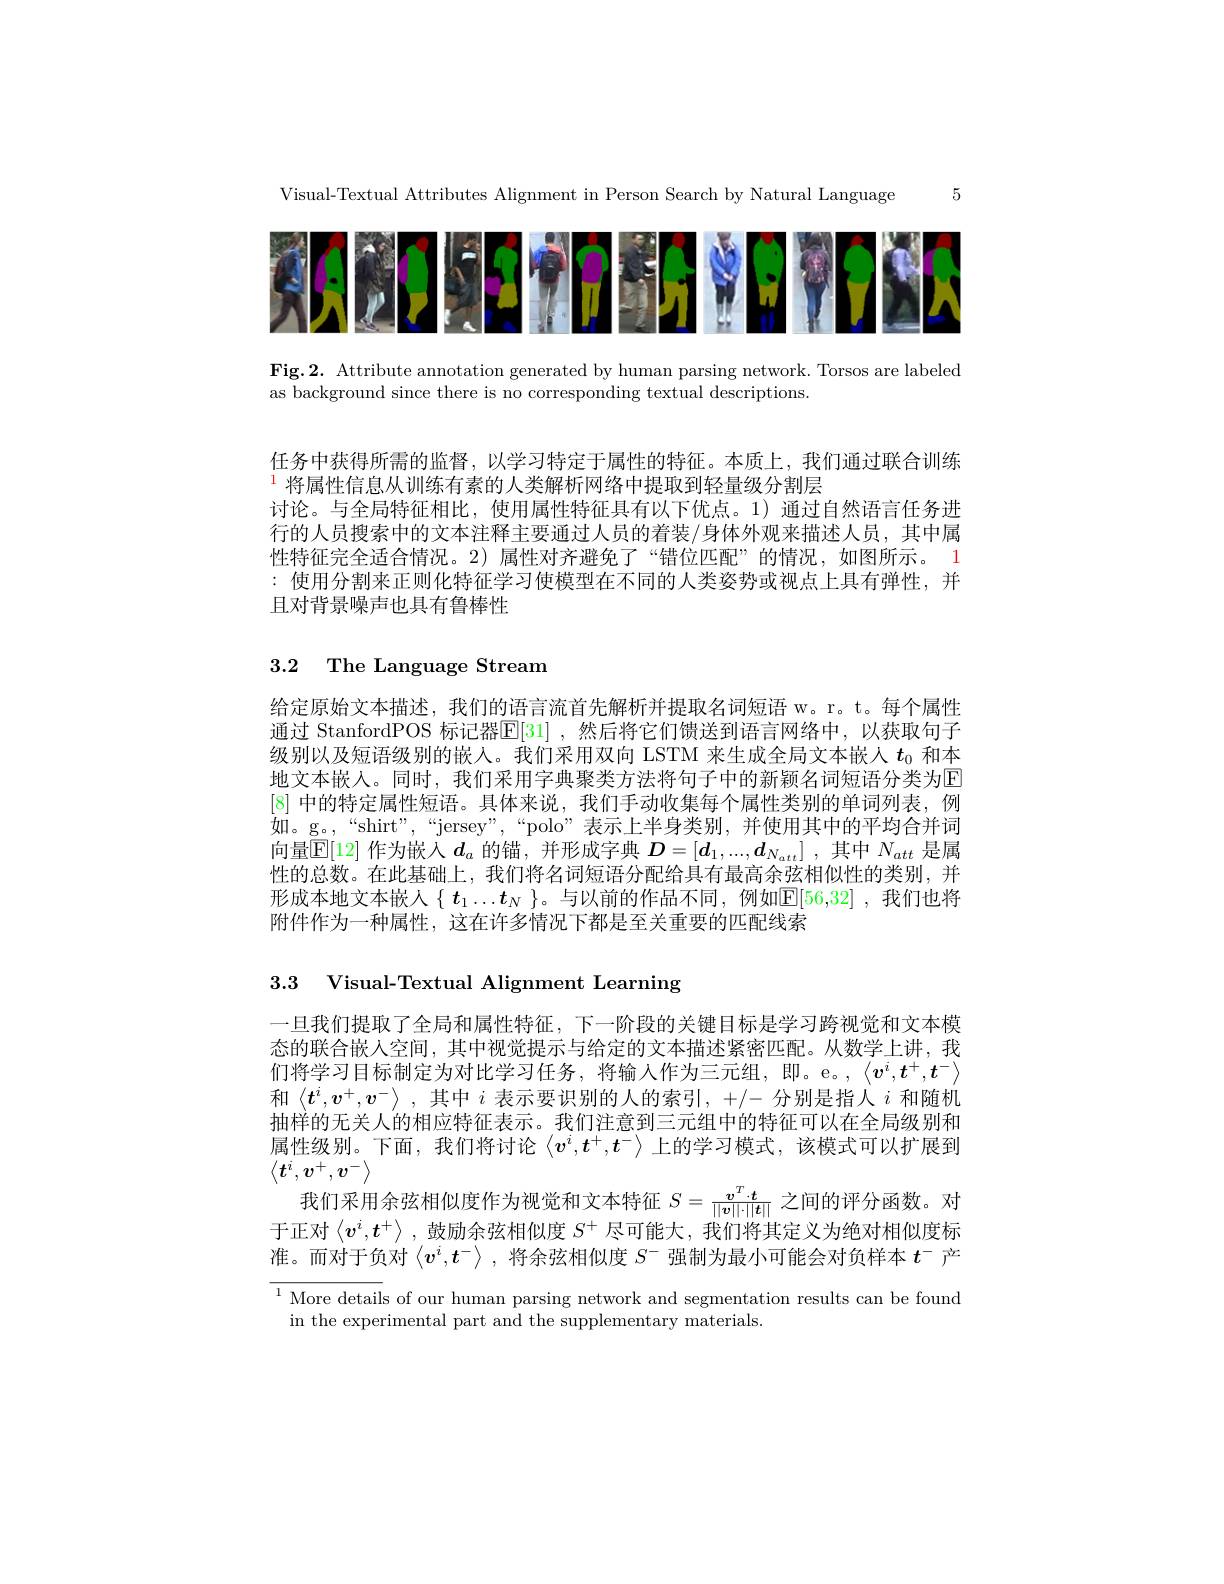
5

Visual-Textual Attributes Alignment in Person Search by Natural Language

<FigureHere>

Fig.2. Attribute annotation generated by human parsing network. Torsos are labeled
as background since there is no corresponding textual descriptions.

任务中获得所需的监督，以学习特定于属性的特征。本质上，我们通过联合训练
$^{\color{red}{1}}$将属性信息从训练有素的人类解析网络中提取到轻量级分割层
讨论。与全局特征相比，使用属性特征具有以下优点。1)通过自然语言任务进行的人员搜索中的文本注释主要通过人员的着装/身体外观来描述人员，其中属性特征完全适合情况。2)属性对齐避免了“错位匹配”的情况，如图所示。1 :使用分割来正则化特征学习使模型在不同的人类姿势或视点上具有弹性，并且对背景噪声也具有鲁棒性

# 3.2 The Language Stream

给定原始文本描述，我们的语言流首先解析并提取名词短语 w。r。t。每个属性通过 StanfordPOS 标记器$\mathbb{E}[31]$ ,然后将它们馈送到语言网络中，以获取句子级别以及短语级别的嵌人。我们采用双向 LSTM 来生成全局文本嵌人$t_{0}$和本地文本嵌人。同时，我们采用字典聚类方法将句子中的新颖名词短语分类为E [8]中的特定属性短语。具体来说，我们手动收集每个属性类别的单词列表，例如。g。,“shirt”,““jersey”,“polo”表示上半身类别，并使用其中的平均合并词向量$\mathbb{E}[12]$作为嵌入$d_a$的锚，并形成字典$D=[d_1,...,d_{N_{att}}]$ ,其中$N_att$是属性的总数。在此基础上，我们将名词短语分配给具有最高余弦相似性的类别，并形成本地文本嵌人$\{t_1\ldots t_N\}$。与以前的作品不同，例如$\mathbb{E}[56,32]$ ,我们也将附件作为一种属性，这在许多情况下都是至关重要的匹配线索

3.3 Visual-Textual Alignment Learning

一旦我们提取了全局和属性特征，下一阶段的关键目标是学习跨视觉和文本模态的联合嵌人空间，其中视觉提示与给定的文本描述紧密匹配。从数学上讲，我们将学习目标制定为对比学习任务，将输入作为三元组，即。e。,$\langle v^i,t^+,t^-\rangle$ 和$\left\langle t^i,v^+,v^-\right\rangle$,其中 $i$ 表示要识别的人的索引，+/- 分别是指人 $i$ 和随机抽样的无关人的相应特征表示。我们注意到三元组中的特征可以在全局级别和属性级别。下面，我们将讨论$\langle v^i,t^+,t^-\rangle$上的学习模式，该模式可以扩展到$\left\langle\boldsymbol{t}^i,\boldsymbol{v}^+,\boldsymbol{v}^-\right\rangle$
我们采用余弦相似度作为视觉和文本特征$S=\frac{\boldsymbol{v}^T\cdot\boldsymbol{t}}{||\boldsymbol{v}||\cdot||\boldsymbol{t}||}$之间的评分函数。
于正对$\langle v^i,t^+\rangle$ ,鼓励余弦相似度$S^+$尽可能大，我们将其定义为绝对相似度标准。而对于负对$\langle v^i,t^-\rangle$ ,将余弦相似度$S^-$强制为最小可能会对负样本$t^-$产$^{1}$ More details of our human parsing network and segmentation results can be found
in the experimental part and the supplementary materials